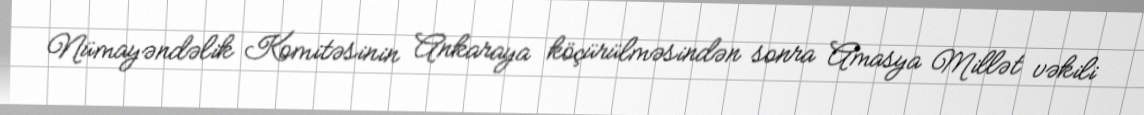
Nümayəndəlik Komitəsinin Ankaraya köçürülməsindən sonra Amasya Millət vəkili